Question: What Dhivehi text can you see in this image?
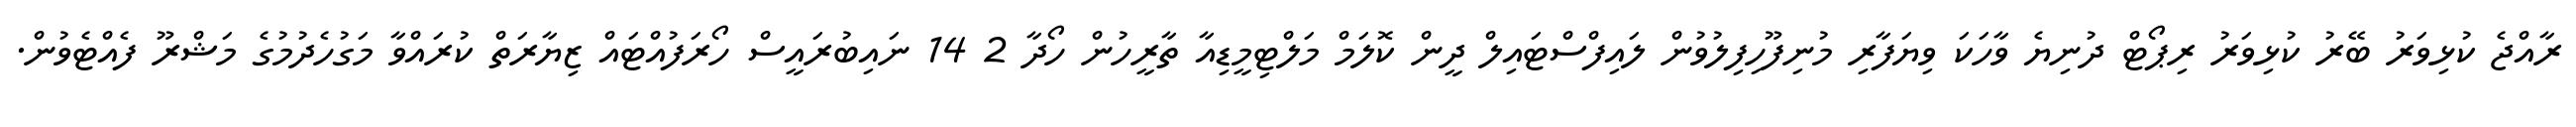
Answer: ރާއްޖެ ކުޅިވަރު ބޭރު ކުޅިވަރު ރިޕޯޓް ދުނިޔެ ވާހަކަ ވިޔަފާރި މުނިފޫހިފިލުވުން ލައިފްސްޓައިލް ދީން ކޮލަމް މަލްޓިމީޑިއާ ތާރީހުން ހޯދާ 2 14 ނައިބުރައީސް ހޯރަފުއްޓައް ޒިޔާރަތް ކުރައްވާ މަގުހެދުމުގެ މަޝްރޫ ފެއްޓެވުން.